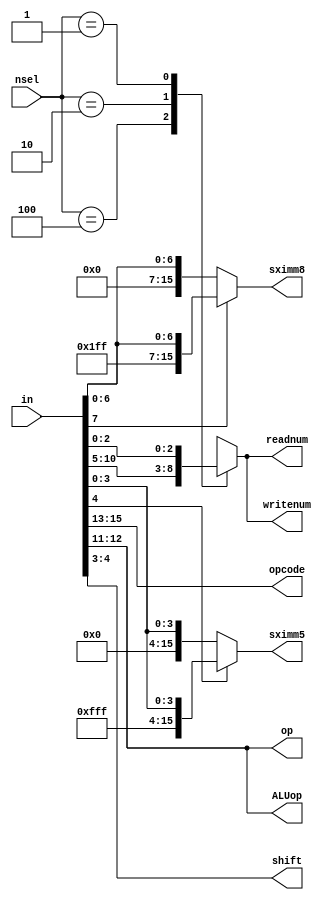
module instruc_dec(in, opcode, op, nsel, writenum, readnum, shift, sximm8, sximm5, ALUop);
    input [15:0] in;
    input [2:0] nsel;

    output [15:0] sximm8, sximm5;
    output [2:0] opcode;
    output [2:0] writenum, readnum;
    output [1:0] op, shift, ALUop;

    reg [15:0] sximm5, sximm8;
    reg [7:0] imm8;
    reg [4:0] imm5;
    reg [2:0] writenum, readnum, opcode, Rn, Rd, Rm;
    reg [1:0] ALUop, shift, op;

    // We are dissecting the in bit field into the various external module inputs
    always @* begin
        opcode = in[15:13];
        op = in[12:11];
        Rm = in[2:0];
        Rd = in[7:5];
        Rn = in[10:8];
        shift = in[4:3];
        imm8 = in[7:0];
        imm5 = in[4:0];
        ALUop = in[12:11];
    end

    // We are selecting the register to either read or write based on the inputs Rn, Rd, Rm
    always @* begin
        case(nsel)
            3'b100: begin writenum = Rn; readnum = Rn; end 
            3'b010: begin writenum = Rd; readnum = Rd; end
            3'b001: begin writenum = Rm; readnum = Rm; end
            default: begin writenum = 3'bxxx; readnum = 3'bxxx; end
        endcase
    end

    // Sign extending imm8 to 16 bits
    always @* begin
        if(imm8[7] == 1'b1) begin
            sximm8 = {8'b11111111, imm8};
        end
        else begin
            sximm8 = {8'b00000000, imm8};
        end
    end

    // Sign extending imm5 to 16 bits
    always @* begin
        if(imm5[4] == 1'b1) begin
            sximm5 = {11'b11111111111, imm5};
        end
        else begin
            sximm5 = {11'b00000000000, imm5};
        end
    end
endmodule